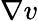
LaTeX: \nabla v